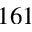
1 6 1